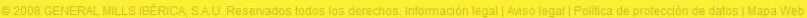

				2008 GENERAL MILLS IBERICA, SAU Reservados todos los derechos. Informacion legal | Aviso legal | Politics de proteccion de datos | Mapa Weo